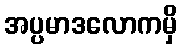
အပ္ပမာဒလောကမှိ